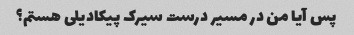
پس آیا من در مسیر درست سیرک پیکادیلی هستم؟